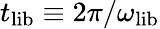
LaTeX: t_{\mathrm{lib}}\equiv 2\pi/\omega_{\mathrm{lib}}